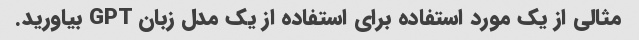
مثالی از یک مورد استفاده برای استفاده از یک مدل زبان GPT بیاورید.